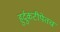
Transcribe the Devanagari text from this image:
हुर्दुकटीपेतच